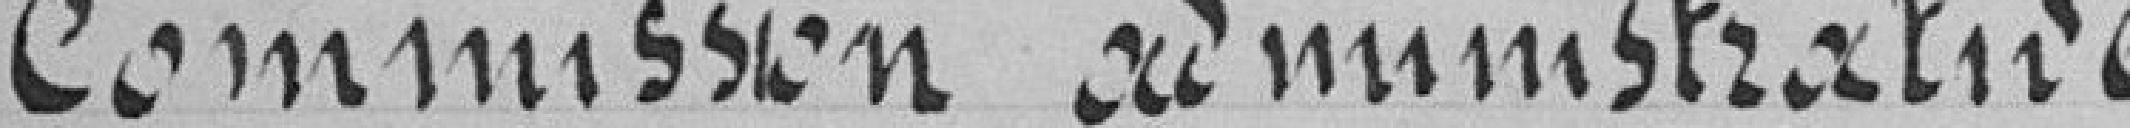
commission administrative